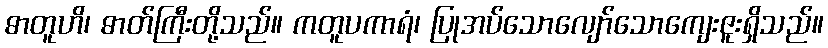
ဓာတူဟိ၊ ဓာတ်ကြီးတို့သည်။ ကတူပကာရံ၊ ပြုအပ်သောလျော်သောကျေးဇူးရှိသည်။